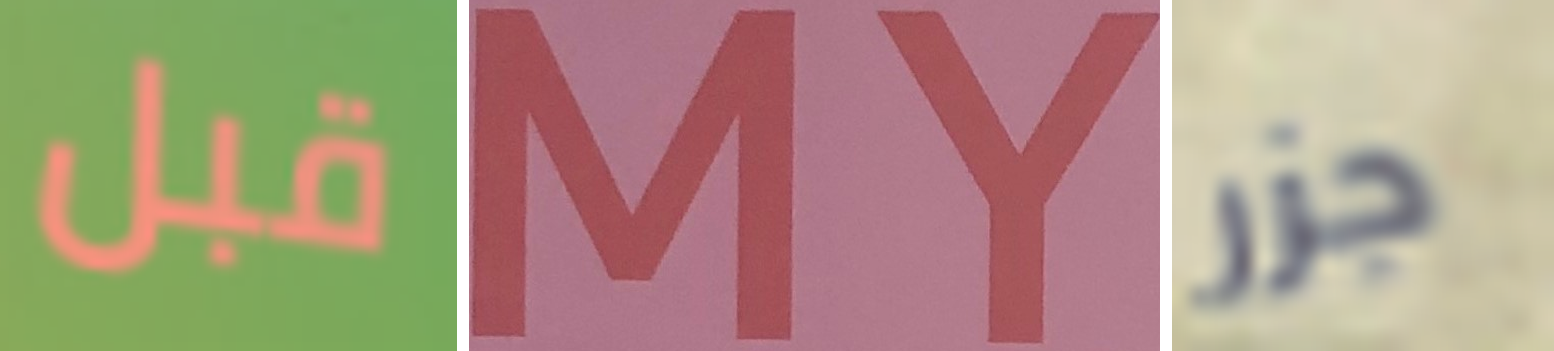
قبل MY جزر